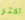
أكثر